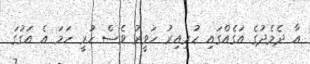
އާ ދެމެދުގެ އަގެއްގައި ހުރިއިރު ހަވީރު ވެސް ހުރީ ހަމަ އެ އަގުގަ